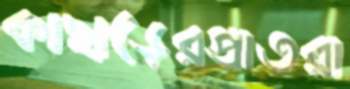
কাছাড়েরপ্রাতরা